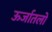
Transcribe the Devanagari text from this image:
ऊर्जातलों